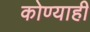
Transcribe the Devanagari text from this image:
कोण्याही